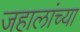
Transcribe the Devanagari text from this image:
जहालांच्या